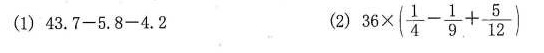
(1)$$4 3 . 7 - 5 . 8 - 4 . 2$$ (2)$$3 6 \times ( \frac { 1 } { 4 } - \frac { 1 } { 9 } + \frac { 5 } { 1 2 } )$$